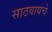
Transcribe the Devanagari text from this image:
साठवायचे